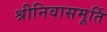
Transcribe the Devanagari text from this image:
श्रीनिवासमूर्ति